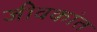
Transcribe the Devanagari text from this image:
जीवकांत